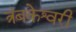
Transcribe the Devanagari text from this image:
त्रंबकेश्वरी